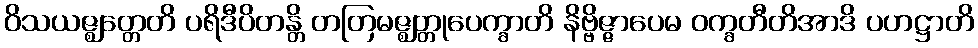
ဝိသယဇ္ဈတ္တေတိ ပရိဒီပိတန္တိ တတြမဇ္ဈတ္တုပေက္ခာတိ နိဗ္ဗိဇ္ဇာပေမ ဝက္ခတီတိအာဒိ ပဟဋ္ဌာတိ